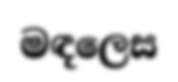
මඳලෙස